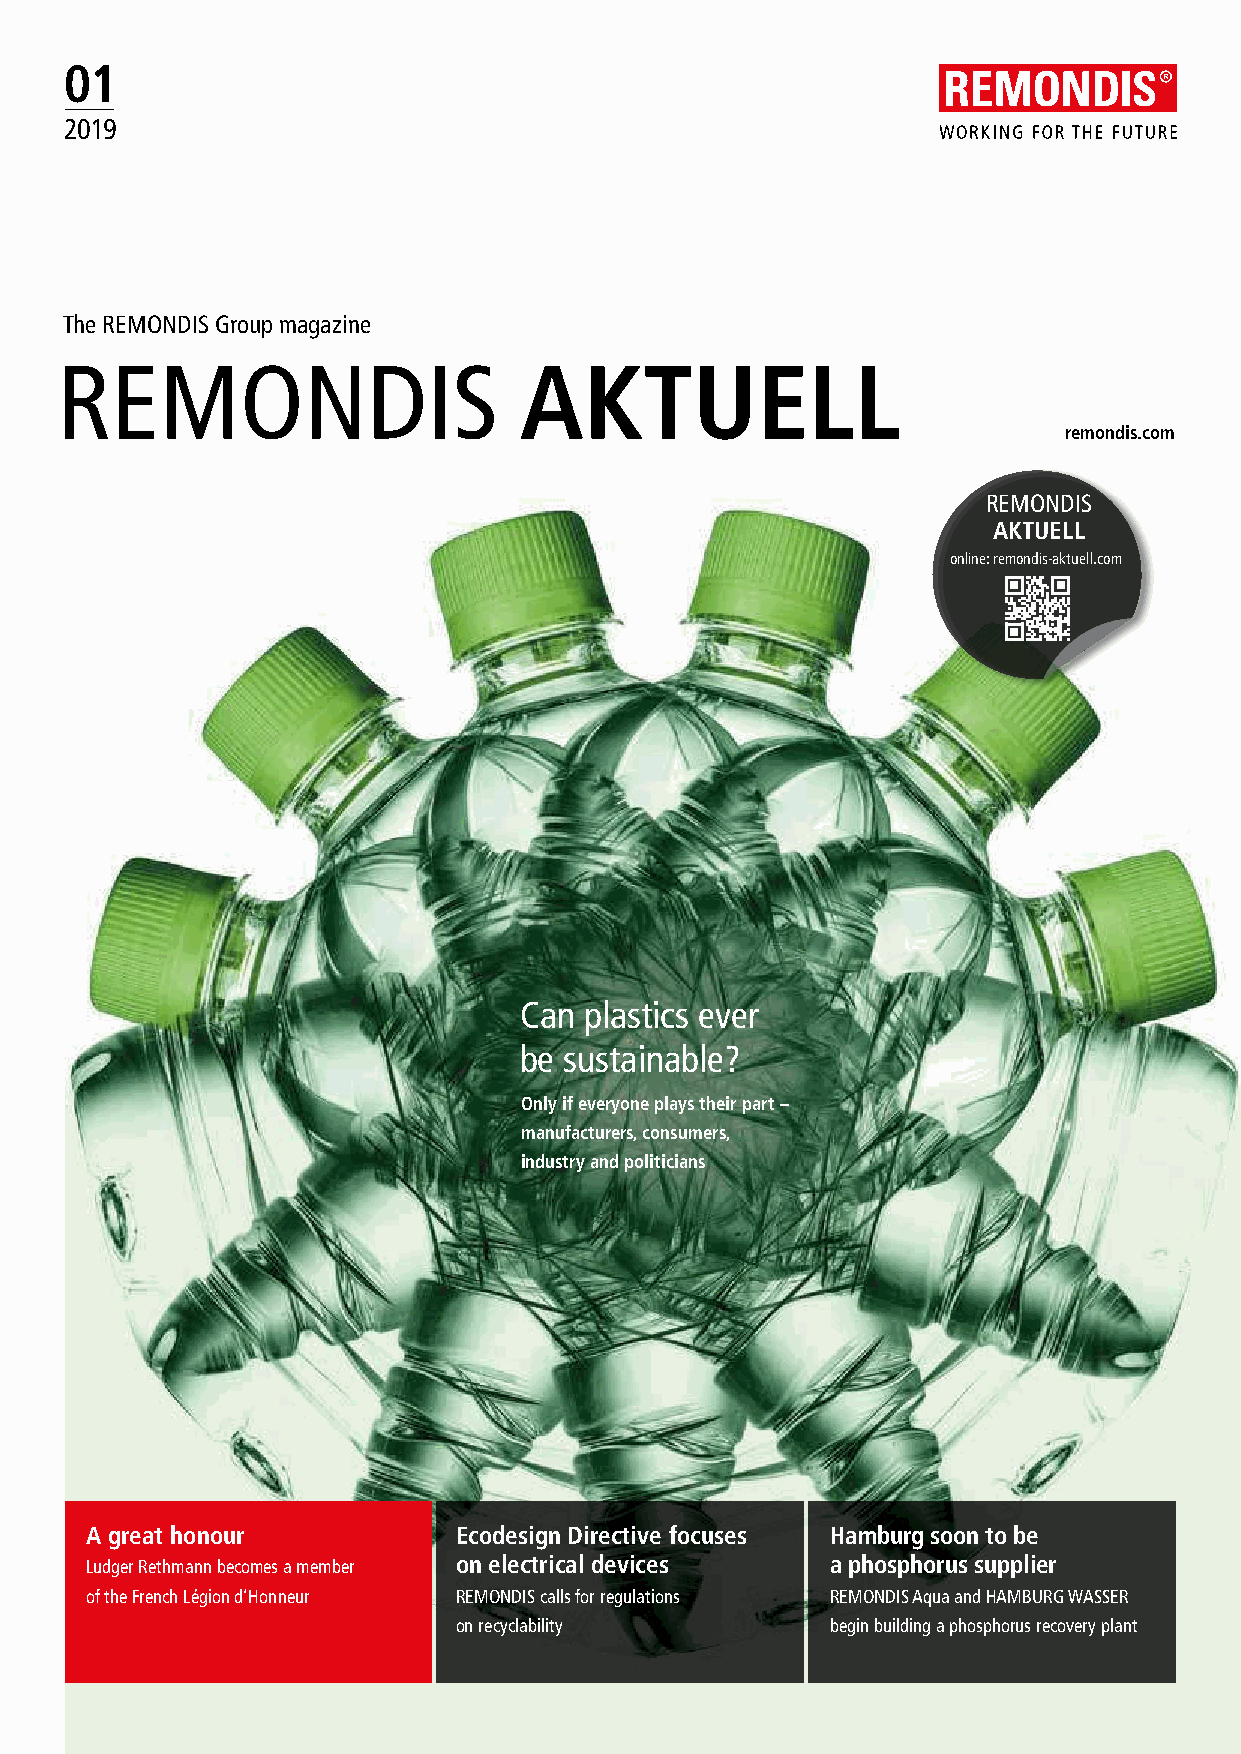
01
 2019
 The REMONDIS Group magazine
 REMONDIS                      AKTUELL
 remondis.com
 REMONDIS
 AKTUELL
 online: remondis-aktuell.com
 Can  plastics ever
 be sustainable?
 Only if everyone plays their part –
 manufacturers, consumers,
 industry and politicians
 A great honour          Ecodesign Directive focuses Hamburg soon to be
 Ludger Rethmann becomes a member on electrical devices a phosphorus supplier
 of the French Légion d’Honneur REMONDIS calls for regulations REMONDIS Aqua and HAMBURG WASSER
 on recyclability         begin building a phosphorus recovery plant